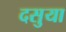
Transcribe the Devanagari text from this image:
दसुया